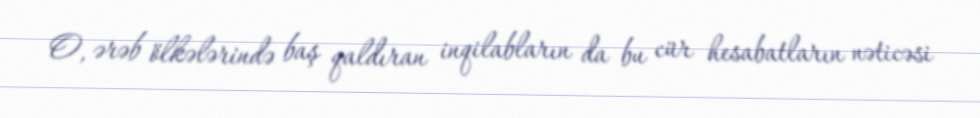
O, ərəb ölkələrində baş qaldıran inqilabların da bu cür hesabatların nəticəsi